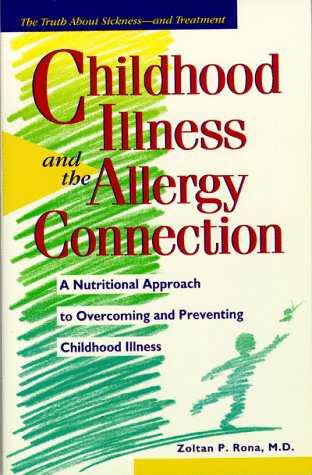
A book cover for Childhood Illness and the Allergy Connection: A Nutritional Approach to Overcoming and Preventing Childhood Illness; Zoltan P. Rona M.D.; Health, Fitness & Dieting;